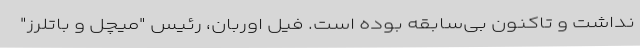
نداشت و تاکنون بی‌سابقه بوده است. فیل اوربان، رئیس "میچل و باتلرز"